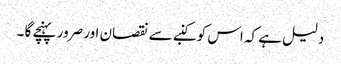
دلیل ہے کہ اس کو کنبے سے نقصان اور صرور پہنچے گا ۔